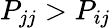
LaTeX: P_{jj}>P_{ij}